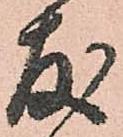
友